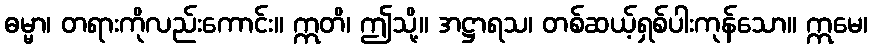
ဓမ္မာ၊ တရားကိုလည်းကောင်း။ ဣတိ၊ ဤသို့။ အဋ္ဌာရသ၊ တစ်ဆယ့်ရှစ်ပါးကုန်သော။ ဣမေ၊